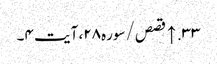
۳۳. ↑ قصص/سوره۲۸، آیت ۴۔